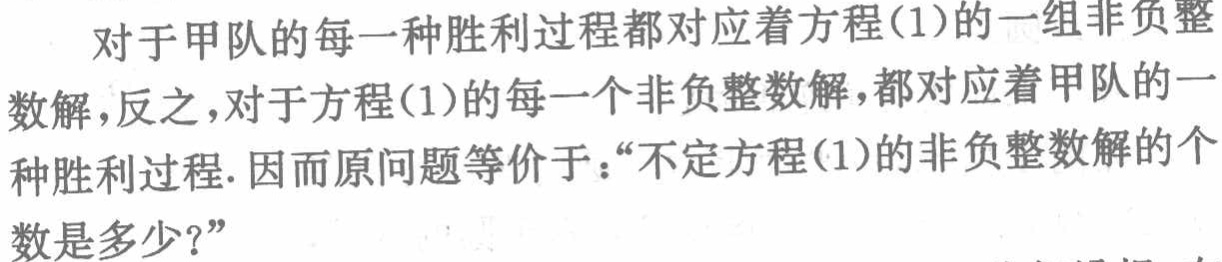
对于甲队的每一种胜利过程都对应着方程(1)的一组非负整
数解,反之,对于方程(1)的每一个非负整数解,都对应着甲队的一
种胜利过程. 因而原问题等价于：“不定方程(1)的非负整数解的个
数是多少?”